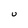
Character: u